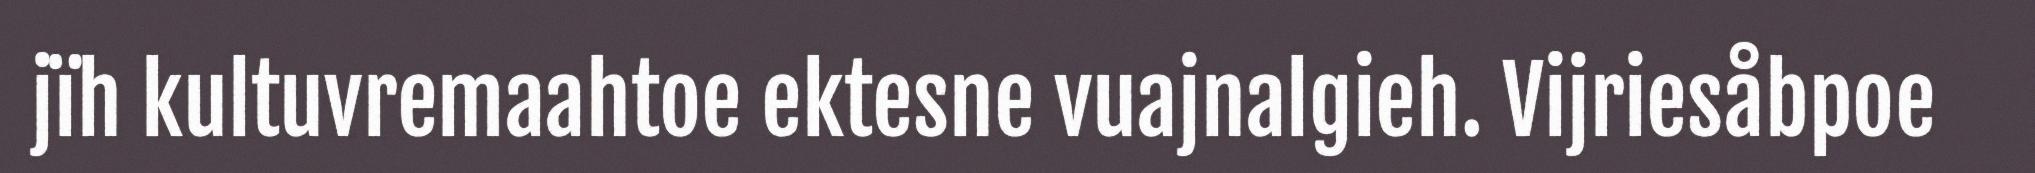
jïh kultuvremaahtoe ektesne vuajnalgieh. Vijriesåbpoe